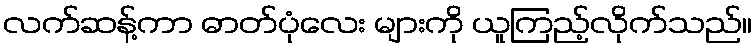
လက်ဆန့်ကာ ဓာတ်ပုံလေး များကို ယူကြည့်လိုက်သည်။